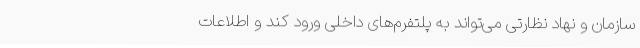
سازمان و نهاد نظارتی می‌تواند به پلتفرم‌های داخلی ورود کند و اطلاعات